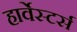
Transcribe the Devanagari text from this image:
हार्वेस्टर्स